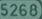
5268